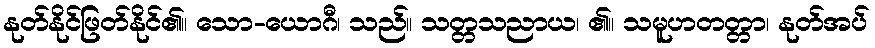
နုတ်နိုင်ဖြတ်နိုင်၏။ သော-ယောဂီ၊ သည်။ သတ္တသညာယ၊ ၏။ သမူဟတတ္တာ၊ နုတ်အပ်